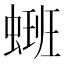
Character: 𫋑